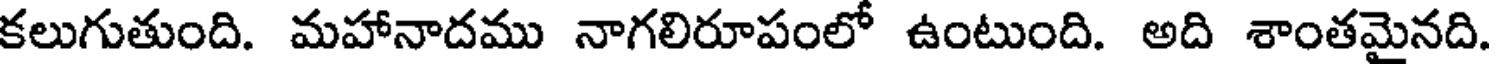
కలుగుతుంది. మహానాదము నాగలిరూపంలో ఉంటుంది. అది శాంతమైనది.